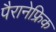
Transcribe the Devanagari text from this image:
पैरानेफ्रिक